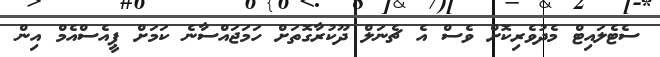
ސެޓެލައިޓް މެދުވެރިކޮށް ވެސް އެ ޗެނަލް ދޫކުރާގޮތަށް ހަމަޖައްސާނެ ކަމަށް ޕީއެސްއެމް އިން